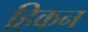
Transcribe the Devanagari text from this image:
हिकन